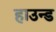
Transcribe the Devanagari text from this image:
हाउन्ड